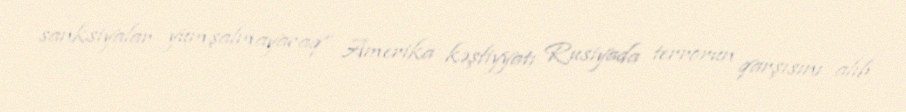
sanksiyalar yumşalmayacaq” Amerika kəşfiyyatı Rusiyada terrorun qarşısını alıb.